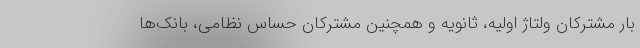
بار مشترکان ولتاژ اولیه، ثانویه و همچنین مشترکان حساس نظامی، بانک‌ها